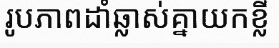
រូបភាពដាំឆ្លាស់គ្នាយកខ្លី